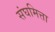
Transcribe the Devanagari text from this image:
संघमित्ता